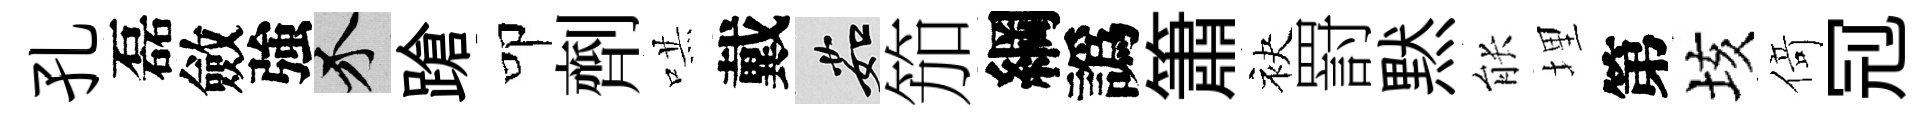
孔磊斂強介蹌叩劑哄戴茹笳綱譌簫袂罸黙䏻埋第垓𠋣𠜍